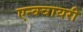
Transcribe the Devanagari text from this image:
एन्क्वायरी